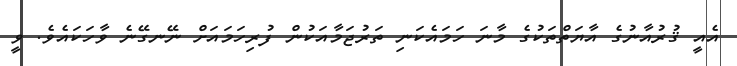
އެއީ ޤުރުއާނުގެ އާޔަތްތަކުގެ މާނަ ހަމައެކަނި ތަރުޖަމާއަކުން ފުރިހަމައަށް ނޭނގޭނެ ވާހަކައެވެ. ވީ